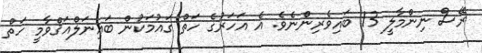
ރޭސް ނިންމާލީ 13 ބައިވެރިންނެވެ. އެ އަހަރުގެ ހަތް ގައުމަކުން ބައިނަލްއަޤްވާމީ ހަތް